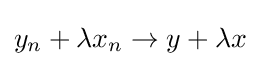
y_{n}+\lambda x_{n}\to y+\lambda x